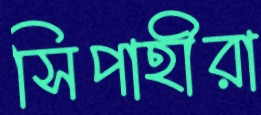
সিপাহীরা